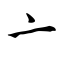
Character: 亠